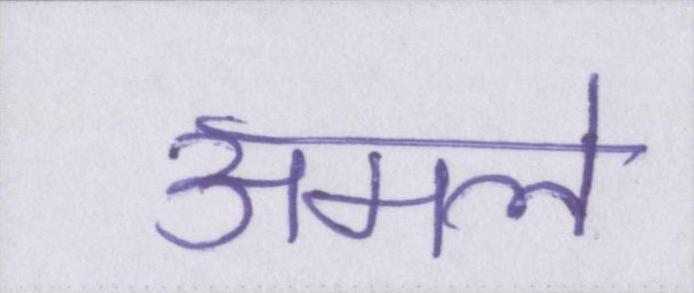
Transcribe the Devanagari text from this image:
अमले